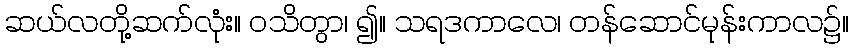
ဆယ်လတို့ဆက်လုံး။ ဝသိတွာ၊ ၍။ သရဒကာလေ၊ တန်ဆောင်မုန်းကာလ၌။